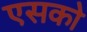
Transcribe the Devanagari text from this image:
एसको